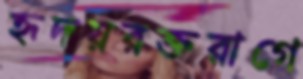
হৃদয়রক্তরাগে